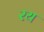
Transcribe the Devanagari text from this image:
रय